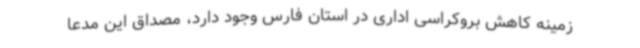
زمینه کاهش بروکراسی اداری در استان فارس وجود دارد، مصداق این مدعا